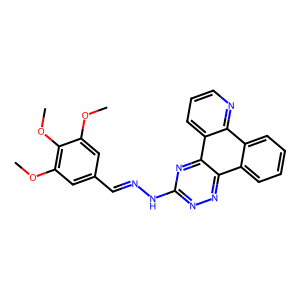
SMILES: COc1cc(C=NNc2nnc3c4ccccc4c4ncccc4c3n2)cc(OC)c1OC
Inhibits HIV replication: No